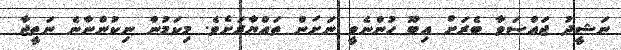
ނަޝީދު ޖައްސަވާ ބެރަށް އިބޫ ހުންނެވީ ނަށަން ތައްޔާރަށެވެ. މިކަމުން ނިކުންނާނެ ނަތީޖާ